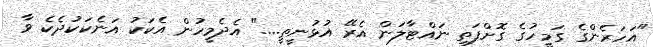
"އަހަރެންގެ ގަމީހުގެ ގޮށްފަތި ނައްޓާލަން އެރޭ އުޅުނީތީ...." އެދެމީހުން އެކަކު އަނެކަކުދެކެ ވާ